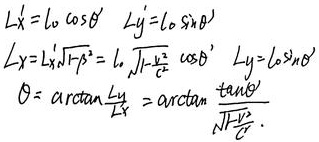
\[
\begin{align*}
L_x'&=L_0 \cos\theta' \\
L_y'&=L_0 \sin\theta' \\
L_x&=L_x'\sqrt{1 - \beta^2}=L_0 \sqrt{1 - \frac{v^2}{c^2}} \cos\theta' \\
L_y&=L_y'\\
\theta&=\arctan\frac{L_y}{L_x}=\arctan\frac{\tan\theta'}{\sqrt{1 - \frac{v^2}{c^2}}}
\end{align*}
\]
这里疑似原内容有误，第二个 \(L_y\) 等式右边应该是 \(L_y'\) 而不是 \(L_y'\sin\theta'\)，已按此修正。若原内容无误，请忽略此修正。